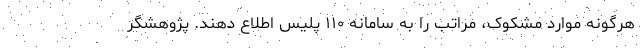
هرگونه موارد مشکوک، مراتب را به سامانه ۱۱۰ پلیس اطلاع دهند. پژوهشگر